Scottish Leaving Certificate Examination, 1953
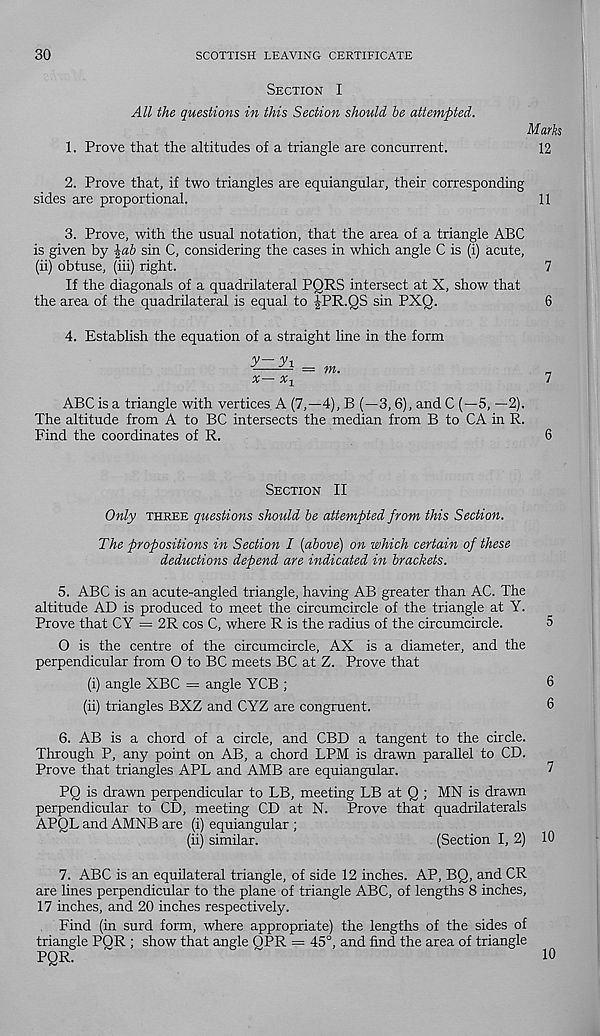
30
SCOTTISH LEAVING CERTIFICATE
Section I
All the questions in this Section should be attempted.
1. Prove that the altitudes of a triangle are concurrent.
2. Prove that, if two triangles are equiangular, their corresponding
sides are proportional.
3. Prove, with the usual notation, that the area of a triangle ABC
is given by \ab sin C, considering the cases in which angle C is (i) acute,
(ii) obtuse, (iii) right.
If the diagonals of a quadrilateral PQRS intersect at X, show that
the area of the quadrilateral is equal to ^PR.QS sin PXQ.
4. Establish the equation of a straight line in the form
y— y 1
-—— = m.
Marks
12
11
ABC is a triangle with vertices A (7,-4), B (—3,6), and C (—5, —2).
The altitude from A to BC intersects the median from B to CA in R.
Find the coordinates of R.
Section II
Only three questions should be attempted from this Section.
The propositions in Section I (above) on which certain of these
deductions depend are indicated in brackets.
5. ABC is an acute-angled triangle, having AB greater than AC. The
altitude AD is produced to meet the circumcircle of the triangle at Y.
Prove that CY = 2R cos C, where R is the radius of the circumcircle.
5
O is the centre of the circumcircle, AX is a diameter, and the
perpendicular from O to BC meets BC at Z. Prove that
(i) angle XBC = angle YCB ;
6
(ii) triangles BXZ and CYZ are congruent.
6
6. AB is a chord of a circle, and CBD a tangent to the circle.
Through P, any point on AB, a chord LPM is drawn parallel to CD.
Prove that triangles APL and AMB are equiangular.
7
PQ is drawn perpendicular to LB, meeting LB at Q ; MN is drawn
perpendicular to CD, meeting CD at N. Prove that quadrilaterals
APQL and AMNB are (i) equiangular ;
(ii) similar.
(Section I, 2) 10
7. ABC is an equilateral triangle, of side 12 inches. AP, BQ, and CR
are lines perpendicular to the plane of triangle ABC, of lengths 8 inches,
17 inches, and 20 inches respectively.
Find (in surd form, where appropriate) the lengths of the sides of
triangle PQR ; show that angle QPR = 45°, and find the area of triangle
PQR.
10